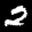
Label: 2